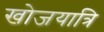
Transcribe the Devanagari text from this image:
खोजयात्रि